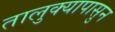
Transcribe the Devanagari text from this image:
तालुक्यापासुन